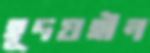
হূদয়হীন